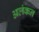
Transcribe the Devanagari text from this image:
अलंकन